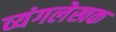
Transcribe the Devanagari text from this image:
व्यंगलेखक